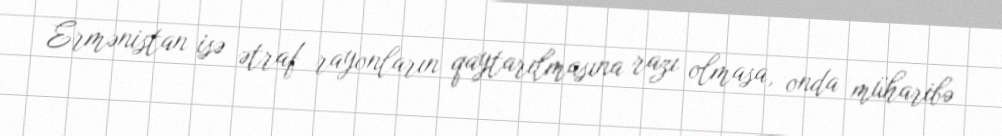
Ermənistan isə ətraf rayonların qaytarılmasına razı olmasa, onda müharibə